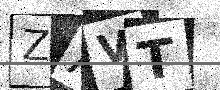
Text: ZAVT